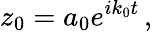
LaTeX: z_{0}=a_{0}e^{ik_{0}t}\, ,